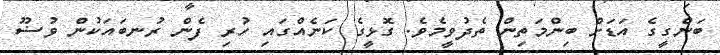
ބަންގީގެ އަޑަށް ބިންމަތިން ތެދުވީމެވެ. ގޮޅީގެ ކަނެއްގައި ހުރި ފެން ރުނބައަކުން ވުޟޫ